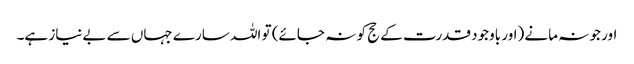
اور جو نہ مانے (اور باوجود قدرت کے حج کو نہ جائے) تو اللہ سارے جہاں سے بےنیاز ہے۔